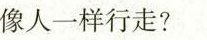
像人一样行走?